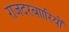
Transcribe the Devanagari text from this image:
राजदरबाारियों